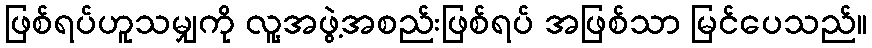
ဖြစ်ရပ်ဟူသမျှကို လူ့အဖွဲ့အစည်းဖြစ်ရပ် အဖြစ်သာ မြင်ပေသည်။